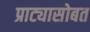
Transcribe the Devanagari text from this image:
प्राट्यासोबत